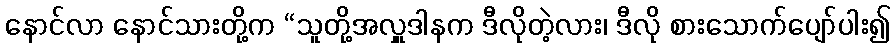
နောင်လာ နောင်သားတို့က “သူတို့အလှူဒါနက ဒီလိုတဲ့လား၊ ဒီလို စားသောက်ပျော်ပါး၍